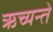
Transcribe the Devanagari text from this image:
ऋच्यन्ते